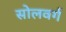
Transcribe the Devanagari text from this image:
सोलवर्ग